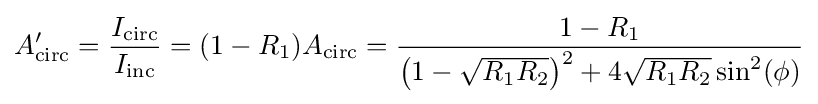
A_{\text{circ}}^{\prime }={\frac {I_{\text{circ}}}{I_{\text{inc}}}}=(1-R_{1})A_{\text{circ}}={\frac {1-R_{1}}{\left({1-{\sqrt {R_{1}R_{2}}}}\right)^{2}+4{\sqrt {R_{1}R_{2}}}\sin ^{2}(\phi )}}